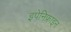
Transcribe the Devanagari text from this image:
इपेनिफ्राइन